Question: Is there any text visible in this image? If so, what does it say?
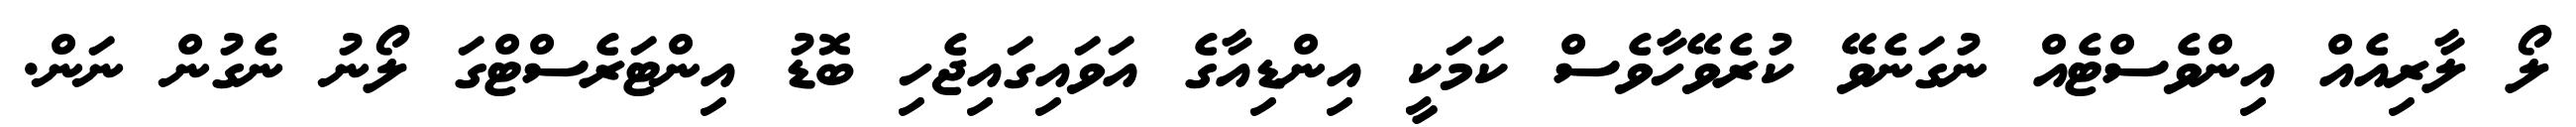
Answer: ލޯ ލާރިއެއް އިންވެސްޓެއް ނުގަނެވޭ ކުރެވޭހާވެސް ކަމަކީ އިންޑިއާގެ އަވައިގައިޖެހި ބޮޑު އިންޓަރެސްޓްގަ ލޯނު ނެގުން ނަން.